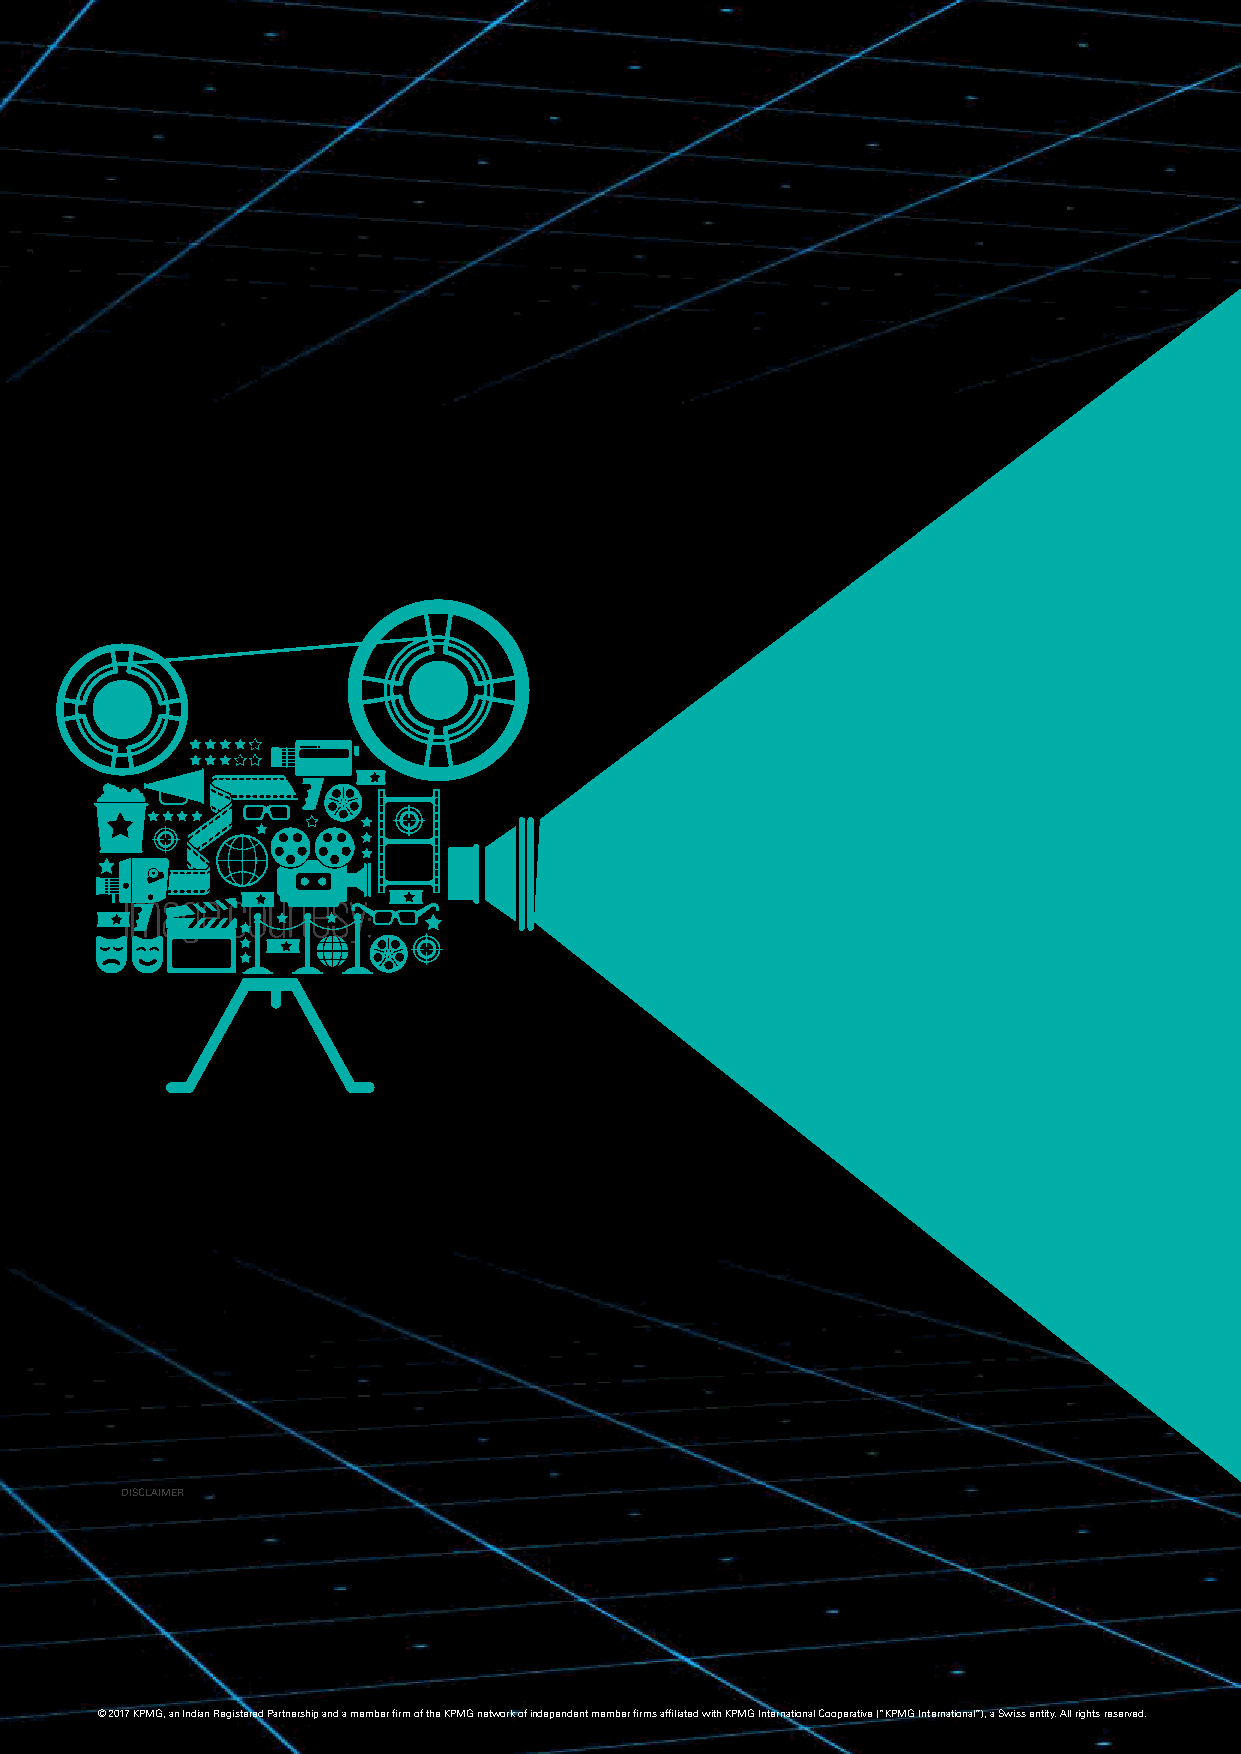
Image  courtesy:
 DISCLAIMER
 © 2017 KPMG, an Indian Registered Partnership and a member firm of the KPMG network of independent member firms affiliated with KPMG International Cooperative (“KPMG International”), a Swiss entity. All rights reserved.